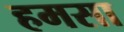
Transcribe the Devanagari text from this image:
हमसा